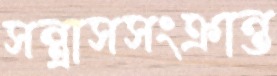
সন্ত্রাসসংক্রান্ত